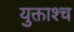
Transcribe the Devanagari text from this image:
युक्ताश्च